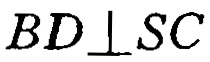
\(BD\perp SC\)